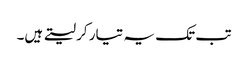
تب تک یہ تیار کر لیتے ہیں۔